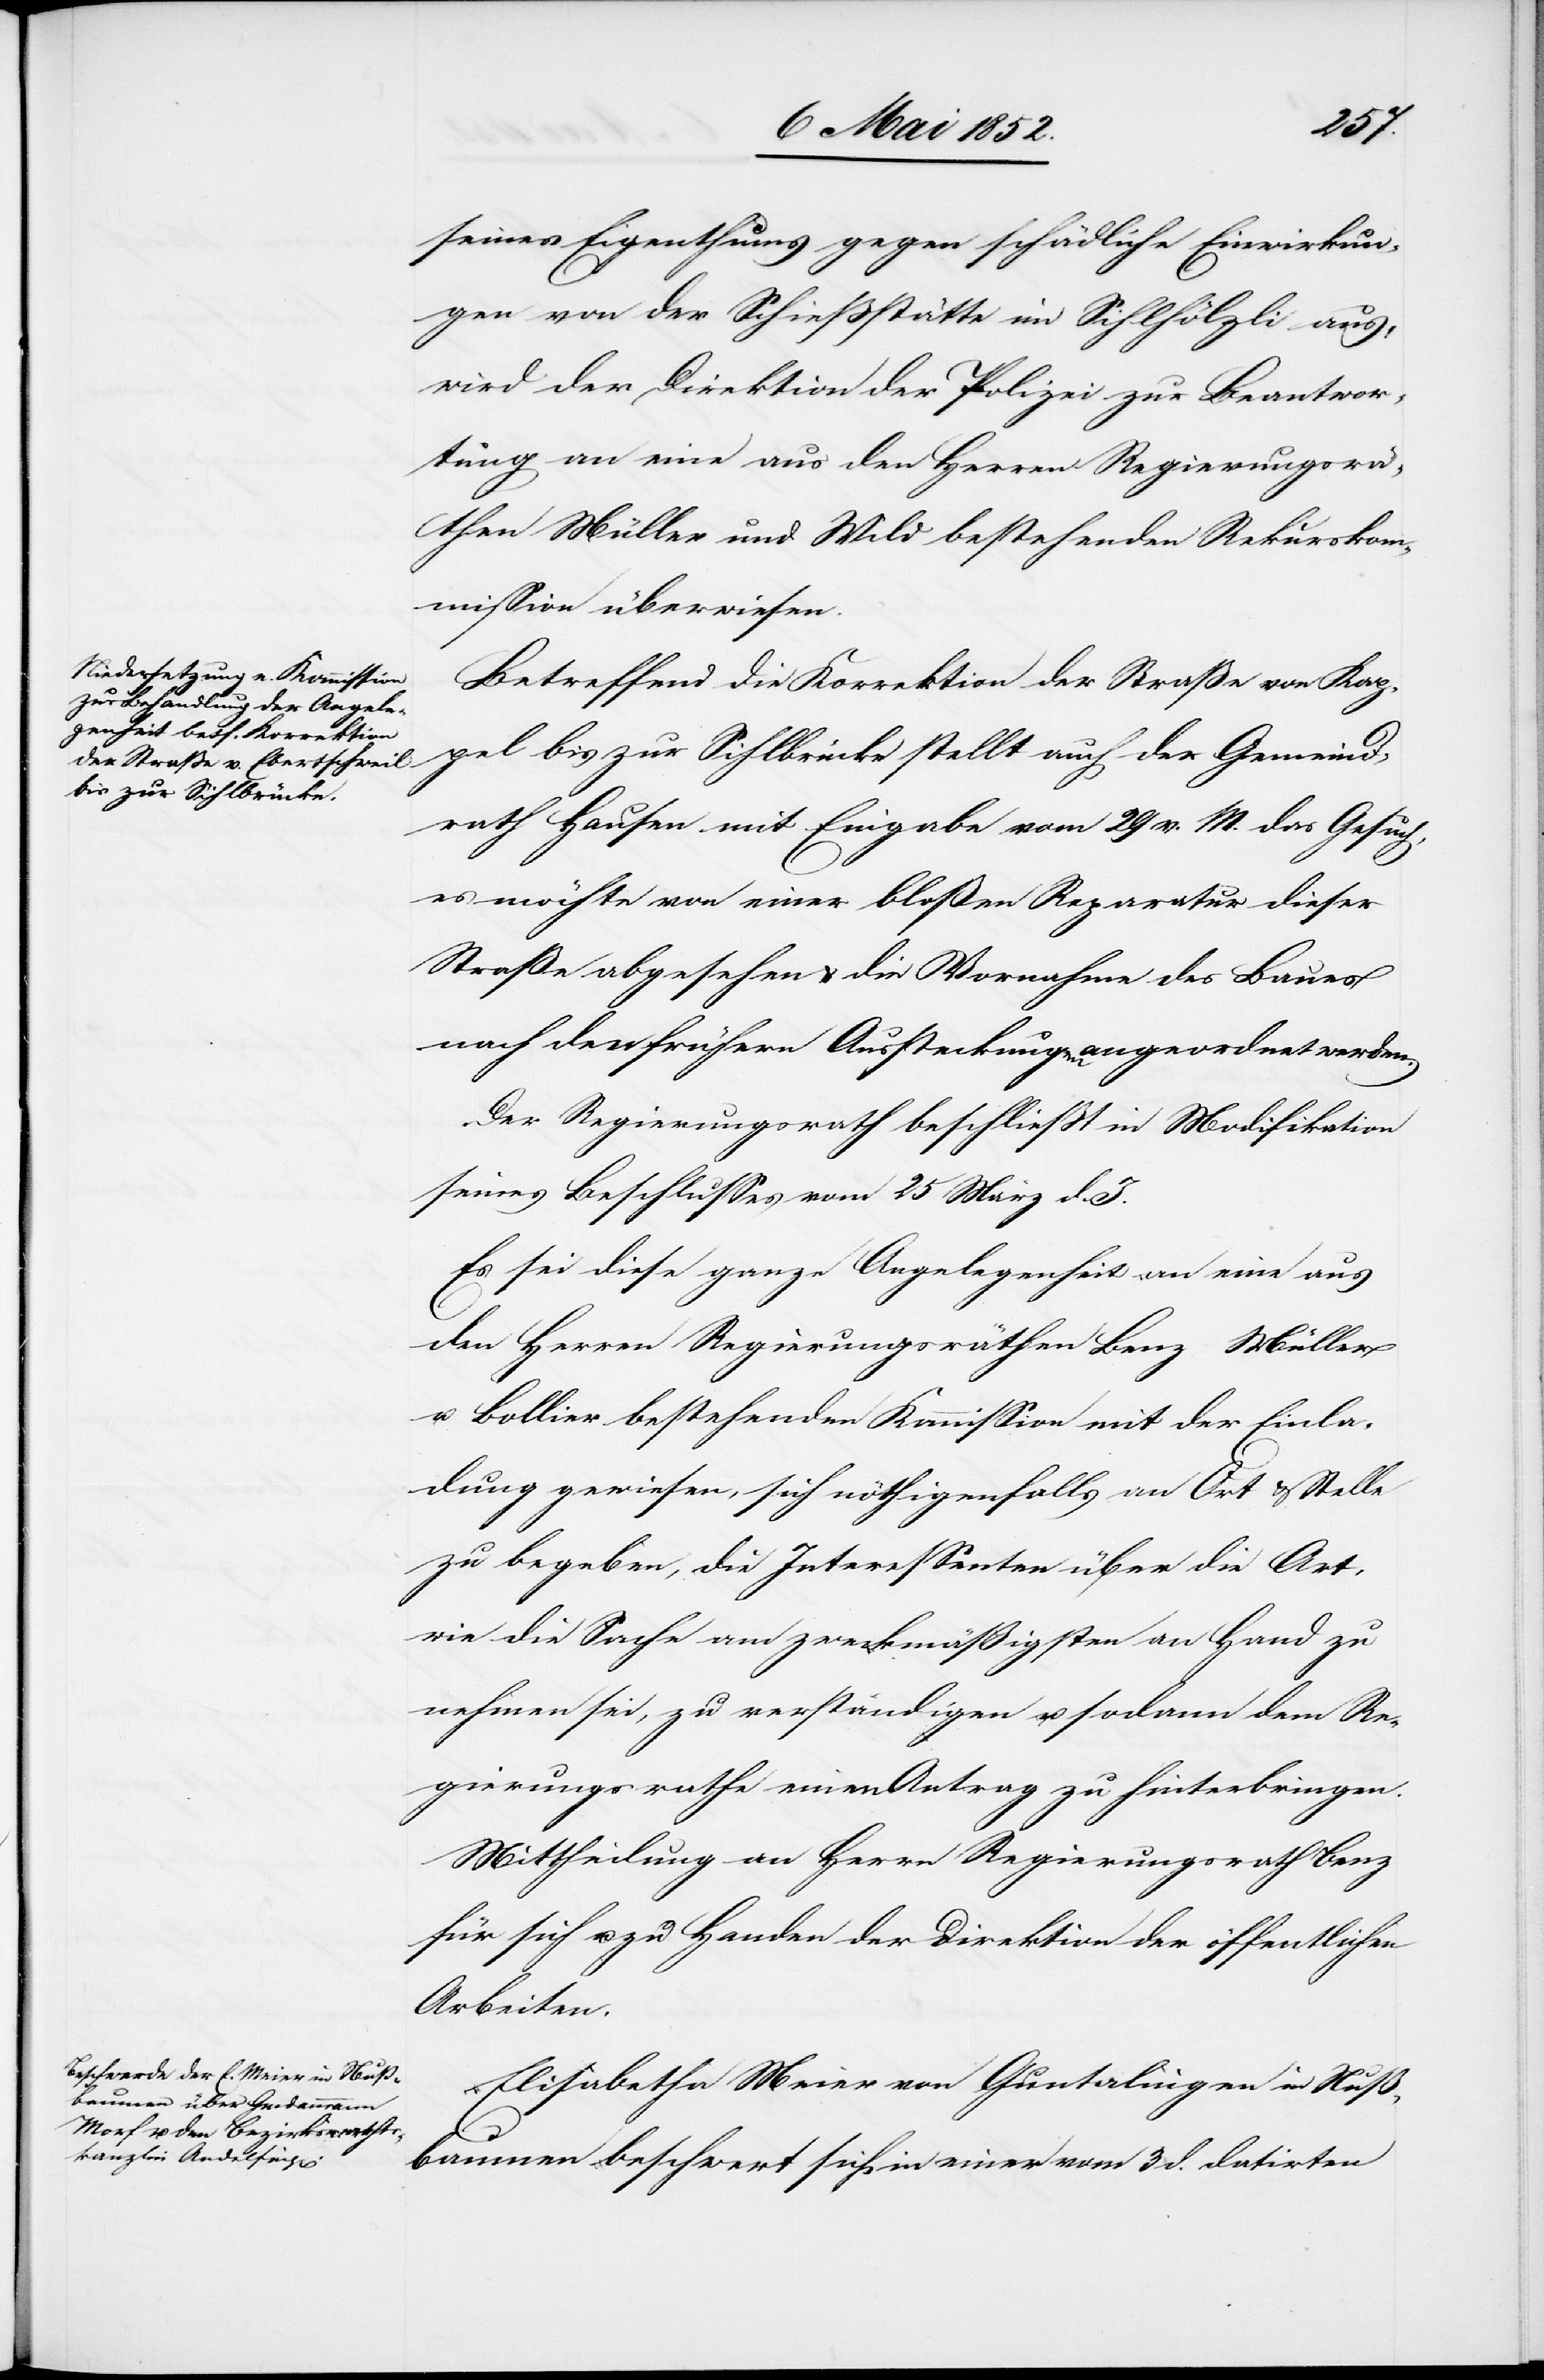
pel
seines Eigenthums gegen schädliche Einwirkun¬
gen von der Schiessstätte im Sihlhölzli aus,
wird der Direktion der Polizei zur Beantwor¬
tung an eine aus den Herren Regierungsrä¬
then Müller und Wild bestehenden Rekurskom¬
mission überwiesen.
Betreffend die Korrektion der Strasse von Kap¬
bis zur Sihlbrücke
rath Hausen mit Eingabe vom 29 v. M. das Gesuch,
es möchte von einer bloßen Reparatur dieser
Straße abgesehen & die Vornahme des Baues
nach den frühern Aussteckungen angeordnet werden.
Der Regierungsrath beschliesst in Modifikation
seines Beschlusses vom 25 März d. J.
Es sei diese ganze Angelegenheit an eine aus
den Herren Regierungsräthen Benz[,] Müller
u. Bollier bestehenden Kommission mit der Einla¬
dung gewiesen, sich nöthigenfalls an Ort & Stelle
zu begeben, die Interessenten über die Art,
wie die Sache am zweckmässigsten an Hand zu
nehmen sei, zu verständigen u. sodann dem Re¬
gierungsrathe einen Antrag zu hinterbringen.
Mittheilung an Herrn Regierungsrath Benz
für sich u. zu Handen der Direktion der öffentlichen
Arbeiten.
Elisabetha Meier von Guntalingen in Nuß¬
auch der Gemeind¬
baumen beschwert sich in einer vom 3 d. datirten